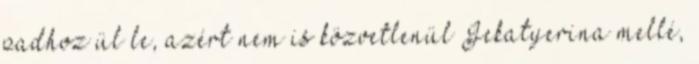
padhoz ül le, azért nem is közvetlenül Jekatyerina mellé,